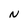
Character: N